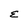
Character: E